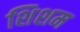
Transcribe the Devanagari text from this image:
शिशम